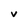
Character: v